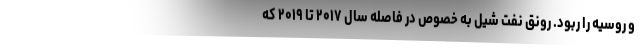
و روسیه را ربود. رونق نفت شیل به خصوص در فاصله سال ۲۰۱۷ تا ۲۰۱۹ که